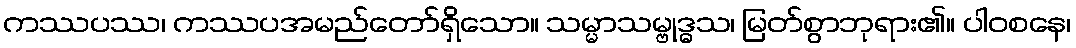
ကဿပဿ၊ ကဿပအမည်တော်ရှိသော။ သမ္မာသမ္ဗုဒ္ဓသ၊ မြတ်စွာဘုရား၏။ ပါဝစနေ၊